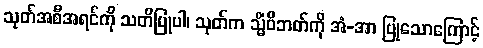
သုတ်အစီအရင်ကို သတိပြုပါ၊ သုတ်က သ္မိံဝိဘတ်ကို အံ-အာ ပြုသောကြောင့်